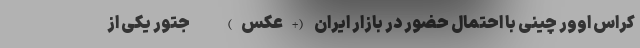
کراس اوور چینی با احتمال حضور در بازار ایران (+عکس) - جتور یکی از